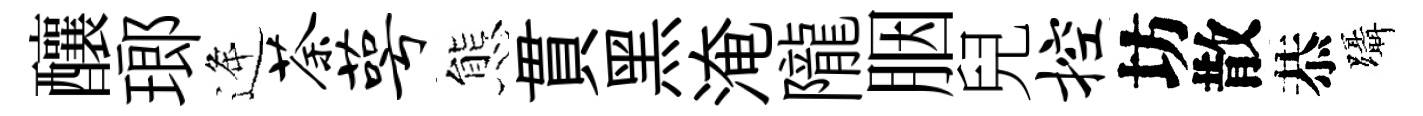
釀瑯逄荼萼態貫黑淹隴胭兒控坊散恭躡